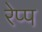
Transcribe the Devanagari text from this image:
रेप्प